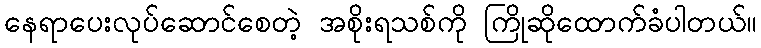
နေရာပေးလုပ်ဆောင်စေတဲ့ အစိုးရသစ်ကို ကြိုဆိုထောက်ခံပါတယ်။